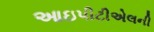
આઇપીટીએલની